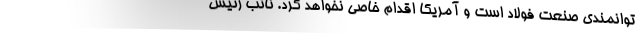
توانمندی صنعت فولاد است و آمریکا اقدام خاصی نخواهد کرد. نائب رئیس